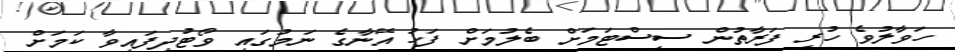
ހަވާލުވެ ހުރި ފަރާތުން ސިސްޓަމަށް ބެލުމަށް ފަހު އޭނާގެ ނަމުގައި ވޯޓުދީފައިވާ ކަމަށް